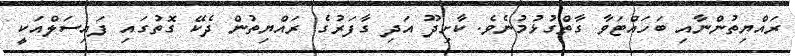
ރައްޔިތުންނާއި ބަހައްޓަވާ ގާތްގުޅުމުނެވެ. ކާށިދޫ އަދި ގާފަރުގެ ރައްޔިތުން ދެކޭ ގޮތުގައި ފައިސަލްއަކީ